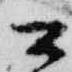
公